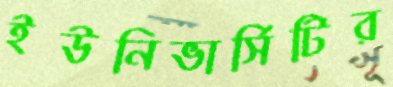
ইউনিভার্সিটির